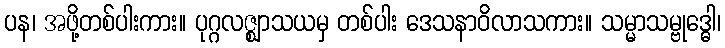
ပန၊ အဖို့တစ်ပါးကား။ ပုဂ္ဂလဇ္ဈာသယမှ တစ်ပါး ဒေသနာဝိလာသကား။ သမ္မာသမ္ဗုဒ္ဓေါ၊